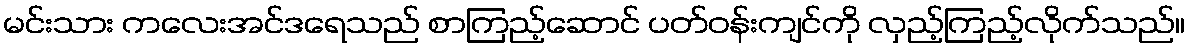
မင်းသား ကလေးအင်ဒရေသည် စာကြည့်ဆောင် ပတ်ဝန်းကျင်ကို လှည့်ကြည့်လိုက်သည်။